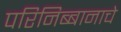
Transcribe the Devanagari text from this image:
परिनिब्बानाचे